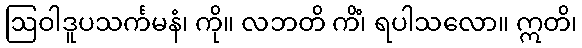
ဩဝါဒူပသင်္ကမနံ၊ ကို။ လဘတိ ကိံ၊ ရပါသလော။ ဣတိ၊